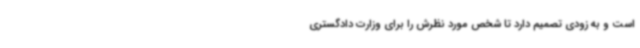
است و به زودی تصمیم دارد تا شخص مورد نظرش را برای وزارت دادگستری